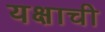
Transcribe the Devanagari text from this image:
यक्षाची